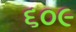
૬૦૯